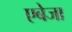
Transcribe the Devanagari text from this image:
एबेजा